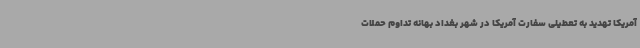
آمریکا تهدید به تعطیلی سفارت آمریکا در شهر بغداد بهانه تداوم حملات